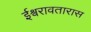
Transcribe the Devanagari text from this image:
ईश्वरावतारास